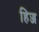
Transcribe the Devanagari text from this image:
हिज्ज